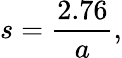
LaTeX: s={\frac{2.76}{a}},